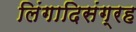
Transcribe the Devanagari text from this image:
लिंगादिसंग्रह